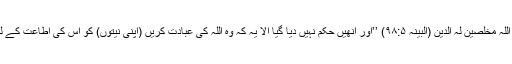
وَمَآ اُمِرُوْٓا اِِلَّا لِیَعْبُدُوا اللّٰہَ مُخْلِصِیْنَ لَہُ الدِّیْنَ (البینہ ۹۸:۵) ’’اور انھیں حکم نہیں دیا گیا الا یہ کہ وہ اللہ کی عبادت کریں (اپنی نیتوں) کو اس کی اطاعت کے لیے خالص کرکے‘‘۔